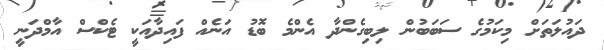
ދައުލަތަށް މިކަމުގެ ސަބަބުން ލިބިގެންދާ އެންމެ ބޮޑު އަނެއް ފައިދާއަކީ ޓެކްސް އާމްދަނީ